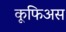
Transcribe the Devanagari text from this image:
कूफिअस